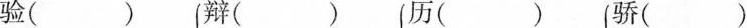
验( ) 辩( ) 历( ) 骄()